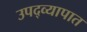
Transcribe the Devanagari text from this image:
उपद्व्यापात